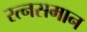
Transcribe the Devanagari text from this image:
रत्नसमान